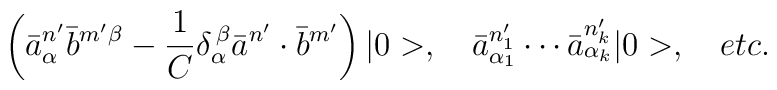
\left( \bar{a}_{\alpha}^{n^{\prime}}\bar{b}^{m^{\prime}\beta}-\frac{1}{C}\delta_{\alpha}^{\,\beta}\bar{a}^{n^{\prime}}\cdot\bar{b}^{m^{\prime}}\right) |0>,\quad\bar{a}_{\alpha_{1}}^{n_{1}^{\prime}}\cdots\bar{a}_{\alpha_{k}}^{n_{k}^{\prime}}|0>,\quad etc.